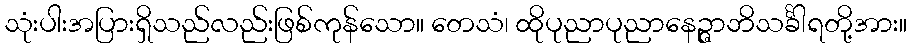
သုံးပါးအပြားရှိသည်လည်းဖြစ်ကုန်သော။ တေသံ၊ ထိုပုညာပုညာနေဉ္ဇာဘိသင်္ခါရတို့အား။